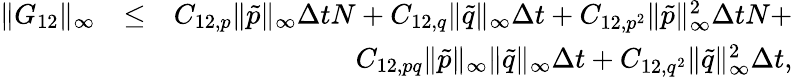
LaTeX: \begin{array}{rlr}{\| G_{12}\| _{\infty}}&{\leq}&{C_{12,p}\| \tilde{p}\| _{\infty}\Delta tN+C_{12,q}\| \tilde{q}\| _{\infty}\Delta t+C_{12,p^{2}}\| \tilde{p}\| _{\infty}^{2}\Delta tN+}\\ &{}&{C_{12,pq}\| \tilde{p}\| _{\infty}\| \tilde{q}\| _{\infty}\Delta t+C_{12,q^{2}}\| \tilde{q}\| _{\infty}^{2}\Delta t,}\end{array}